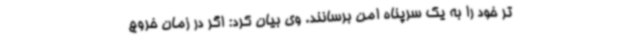
تر خود را به یک سرپناه امن برسانند. وی بیان کرد: اگر در زمان خروج